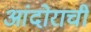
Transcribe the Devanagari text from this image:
आंदोराची